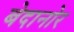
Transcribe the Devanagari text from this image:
बेदानोर